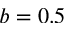
b = 0 . 5